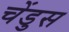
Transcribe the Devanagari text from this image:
चेंडुस